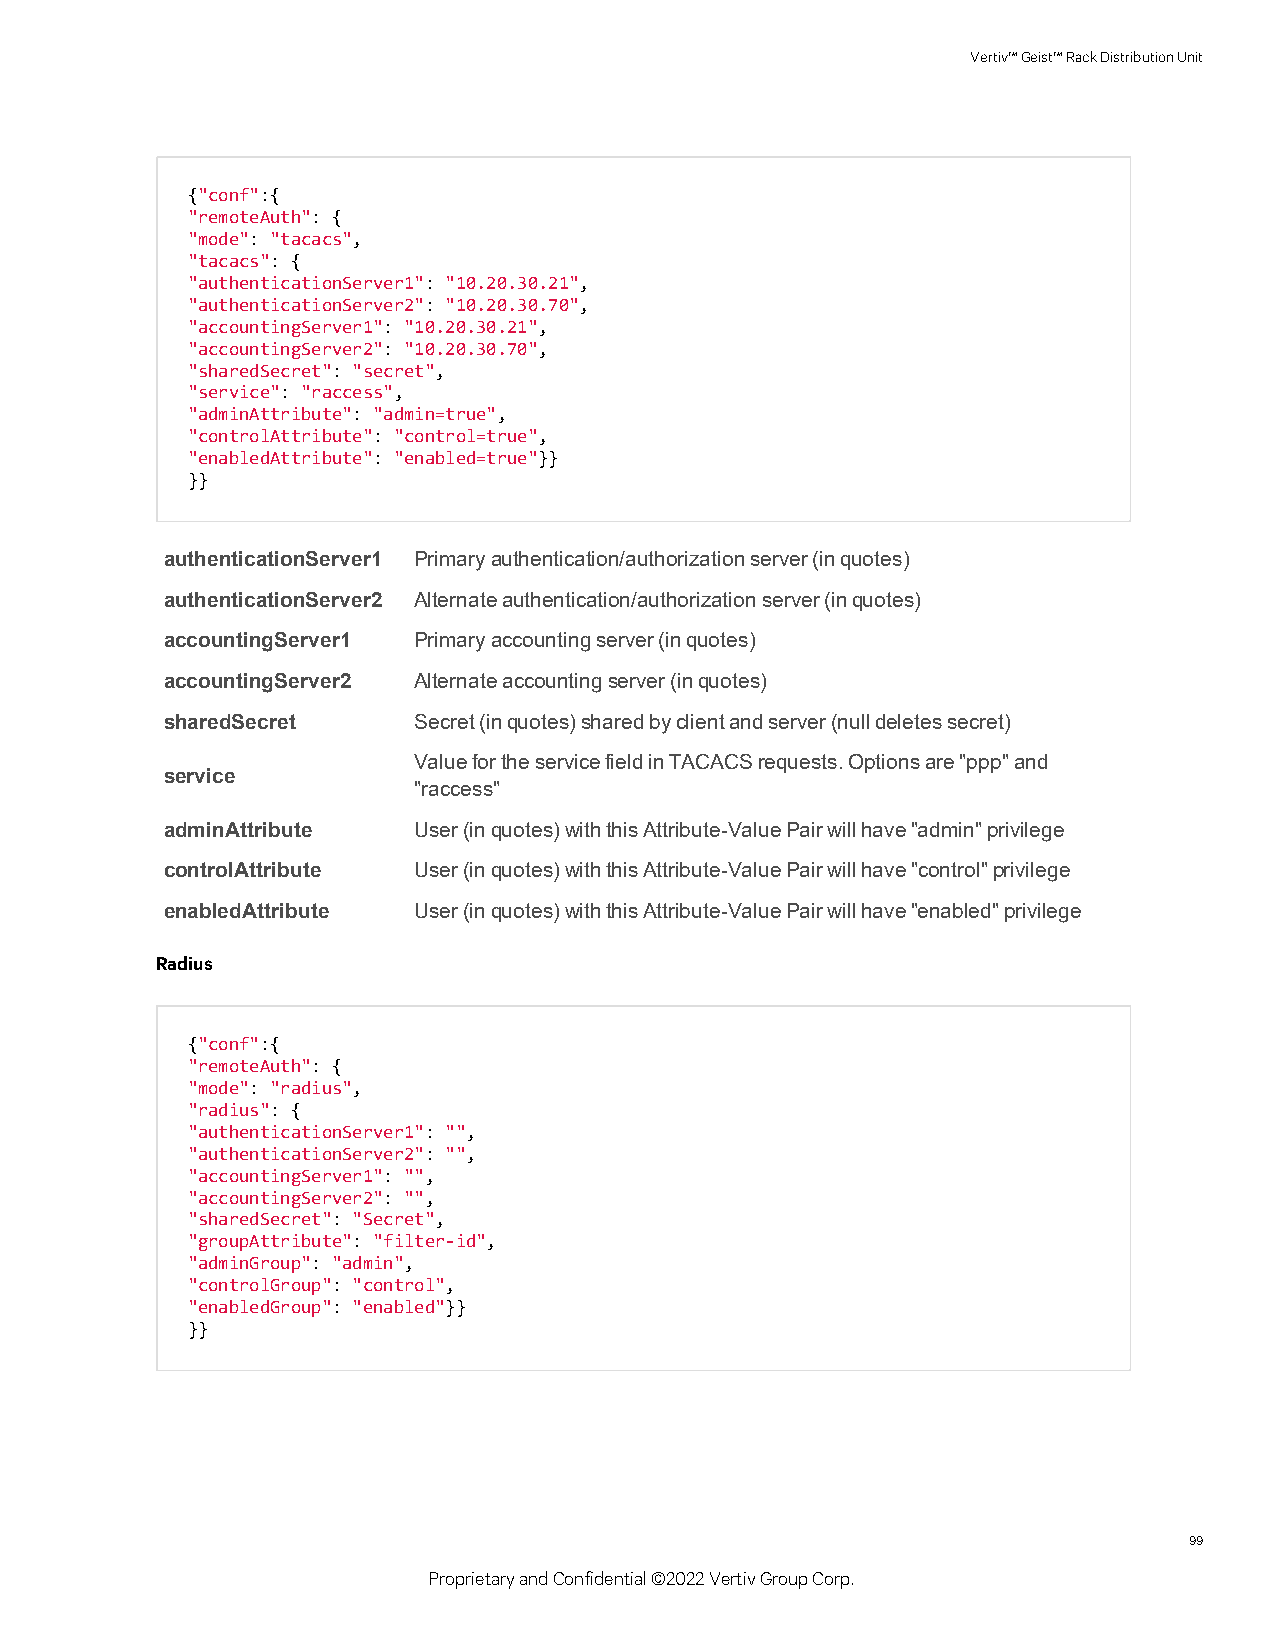
Vertiv™Geist™RackDistributionUnit
 {"conf":{
 "remoteAuth": {
 "mode": "tacacs",
 "tacacs": {
 "authenticationServer1": "10.20.30.21",
 "authenticationServer2": "10.20.30.70",
 "accountingServer1": "10.20.30.21",
 "accountingServer2": "10.20.30.70",
 "sharedSecret": "secret",
 "service": "raccess",
 "adminAttribute": "admin=true",
 "controlAttribute": "control=true",
 "enabledAttribute": "enabled=true"}}
 }}
 authenticationServer1 Primaryauthentication/authorizationserver(inquotes)
 authenticationServer2 Alternateauthentication/authorizationserver(inquotes)
 accountingServer1 Primaryaccountingserver(inquotes)
 accountingServer2 Alternateaccountingserver(inquotes)
 sharedSecret    Secret(inquotes)sharedbyclientandserver(nulldeletessecret)
 ValuefortheservicefieldinTACACSrequests.Optionsare"ppp"and
 service
 "raccess"
 adminAttribute  User(inquotes)withthisAttribute-ValuePairwillhave"admin"privilege
 controlAttribute User(inquotes)withthisAttribute-ValuePairwillhave"control"privilege
 enabledAttribute User(inquotes)withthisAttribute-ValuePairwillhave"enabled"privilege
 Radius
 {"conf":{
 "remoteAuth": {
 "mode": "radius",
 "radius": {
 "authenticationServer1": "",
 "authenticationServer2": "",
 "accountingServer1": "",
 "accountingServer2": "",
 "sharedSecret": "Secret",
 "groupAttribute": "filter-id",
 "adminGroup": "admin",
 "controlGroup": "control",
 "enabledGroup": "enabled"}}
 }}
 99
 ProprietaryandConfidential©2022VertivGroupCorp.